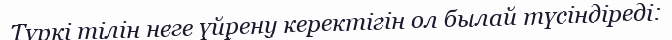
Түркі тілін неге үйрену керектігін ол былай түсіндіреді: